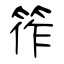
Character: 筰